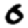
Digit: 0